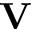
\mathbf V